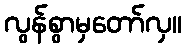
လွန်စွာမှတော်လှ။